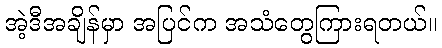
အဲ့ဒီအချိန်မှာ အပြင်က အသံတွေကြားရတယ်။